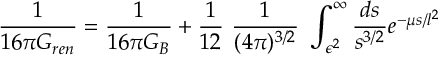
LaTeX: { \frac { 1 } { 1 6 \pi G _ { r e n } } } = { \frac { 1 } { 1 6 \pi G _ { B } } } + { \frac { 1 } { 1 2 } } ~ { \frac { 1 } { ( 4 \pi ) ^ { 3 / 2 } } } ~ \int _ { \epsilon ^ { 2 } } ^ { \infty } { \frac { d s } { s ^ { 3 / 2 } } } e ^ { - \mu s / l ^ { 2 } }